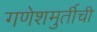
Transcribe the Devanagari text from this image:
गणेशमुर्तीची